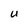
Character: U